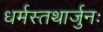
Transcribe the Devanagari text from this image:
धर्मस्तथार्जुनः